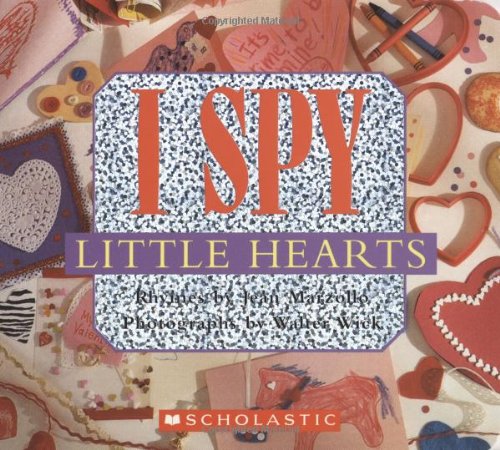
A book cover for I Spy Little Hearts (with foil); Jean Marzollo; Children's Books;